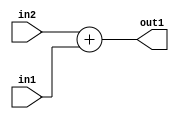
`timescale 1ps / 1ps
/*****************************************************************************
    Verilog RTL Description
    
    
    Created by: Stratus DpOpt 2019.1.01 
*******************************************************************************/

module SobelFilter_Add_20Sx17U_20S_4 (
	in2,
	in1,
	out1
	); /* architecture "behavioural" */ 
input [19:0] in2;
input [16:0] in1;
output [19:0] out1;
wire [19:0] asc001;

assign asc001 = 
	+(in2)
	+(in1);

assign out1 = asc001;
endmodule

/* CADENCE  ubHzTQA= : u9/ySgnWtBlWxVPRXgAZ4Og= ** DO NOT EDIT THIS LINE ******/